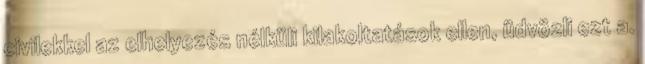
civilekkel az elhelyezés nélküli kilakoltatások ellen, üdvözli ezt a.